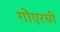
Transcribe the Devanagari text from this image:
गोएरची